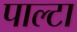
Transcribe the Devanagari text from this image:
पाल्टा